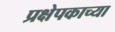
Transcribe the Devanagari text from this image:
प्रक्षेपकाच्या